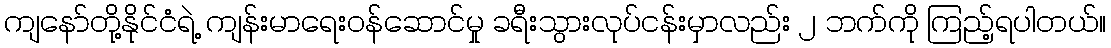
ကျနော်တို့နိုင်ငံရဲ့ ကျန်းမာရေးဝန်ဆောင်မှု ခရီးသွားလုပ်ငန်းမှာလည်း ၂ ဘက်ကို ကြည့်ရပါတယ်။